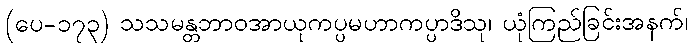
(ပေ-၁၇၃) သသမန္တဘာဝအာယုကပ္ပမဟာကပ္ပာဒိသု၊ ယုံကြည်ခြင်းအနက်၊